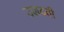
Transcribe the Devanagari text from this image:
उलटती